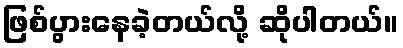
ဖြစ်ပွားနေခဲ့တယ်လို့ ဆိုပါတယ်။